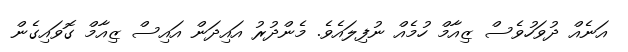
އަނެއް ދުވަހުވެސް ޒިއާމް ހުމެއް ނުފިލައެވެ. މެންދުރު އައިދަން އައިސް ޒިއާމް ގޮވައިގެން